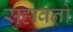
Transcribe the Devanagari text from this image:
सुहावनो